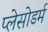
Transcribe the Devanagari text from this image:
प्लेसोडर्म